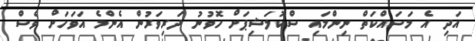
އަދި އެ މަސައްކަތް ނިންމައި ސްކޮލަޝިޕަށް ހޮވުނު ދަރިވަރުން އެންމެ އަވަހަށް ވެސް